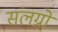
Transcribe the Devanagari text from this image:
संलग्नो